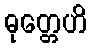
ဓုတ္တေဟိ